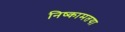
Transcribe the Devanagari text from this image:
निष्कामतया